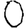
Digit: 0